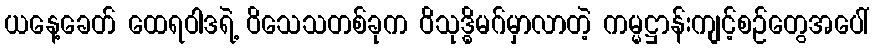
ယနေ့ခေတ် ထေရဝါဒရဲ့ ဝိသေသတစ်ခုက ဝိသုဒ္ဓိမဂ်မှာလာတဲ့ ကမ္မဋ္ဌာန်းကျင့်စဉ်တွေအပေါ်